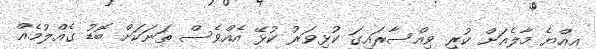
އިއްޔެ މާލެއަށް ކުރި ވިއްސާރައިގަ ކުޅިވަރު ކުޅޭ އެއްވެސް ތަނަކަށް ބޮޑު ގެއްލުމެއް